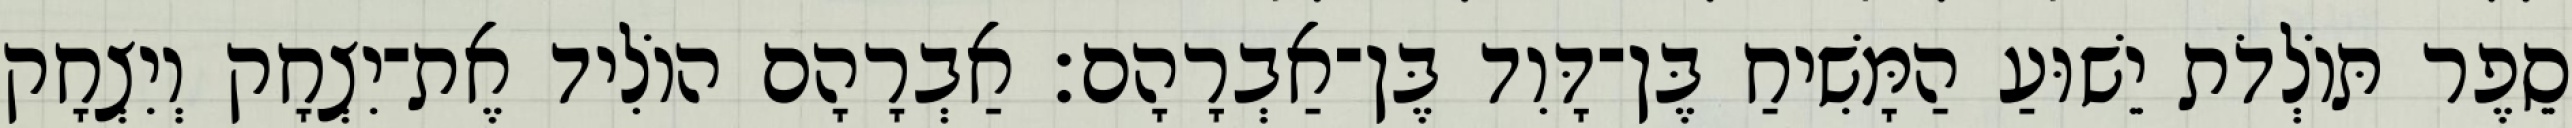
סֵפֶר תּוֹלְדֹת יֵשׁוּעַ הַמָּשִׁיחַ בֶּן־דָּוִד בֶּן־אַבְרָהָם׃ אַבְרָהָם הוֹלִיד אֶת־יִצְחָק וְיִצְחָק